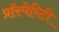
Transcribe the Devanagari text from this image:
प्रॉस्पेरिटी